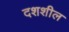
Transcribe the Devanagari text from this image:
दशशील